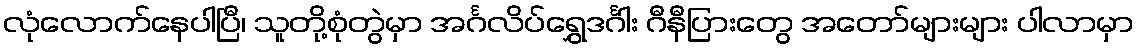
လုံလောက်နေပါပြီ၊ သူတို့စုံတွဲမှာ အင်္ဂလိပ်ရွှေဒင်္ဂါး ဂီနီပြားတွေ အတော်များများ ပါလာမှာ